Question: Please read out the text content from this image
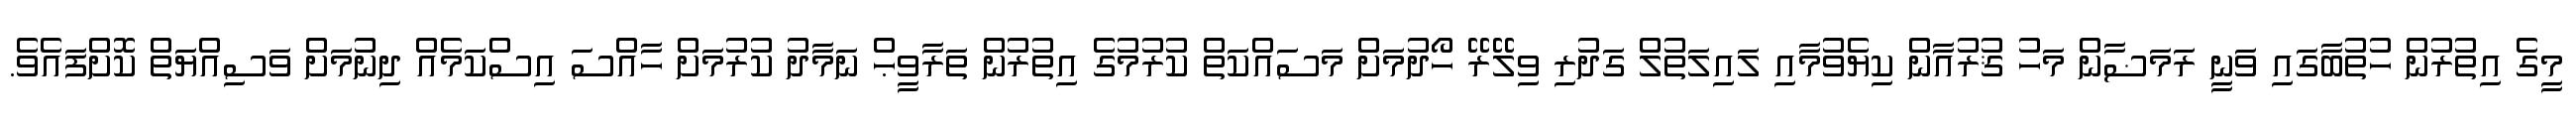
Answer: މީގެ އިތުރުން ހުތުބާގައި ވަނީ ރަމަޟާން މަހު ޤުރުއާން ކިޔެވުމާއި ލައިލަތުލް ގަދުރި ވިލޭރޭ ހޯދުމަށް މަސައްކަތް ކުރުމުގެ އިތުރުން ތަރާވީޙް ނަމާދު ކުރުމަށް ހާއްސަ އިސްކަމެއް ދިނުމަށް ވަސިއްޔަތް ކޮށްފައެވެ.